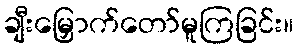
ချီးမြှောက်တော်မူကြခြင်း။